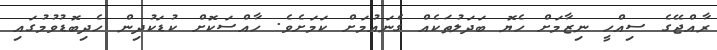
ރާއްޖޭގެ ސިއްހީ ނިޒާމަށް ހެޔޮ ބަދަލުތަކެއް ގެނައުމަށް ކަމަށެވެ. ހާއްސަކޮށް ކުޑަކުދިން ހެދިބޮޑުވުމުގައި